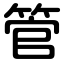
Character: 管